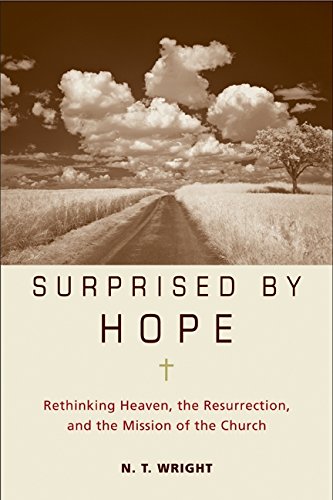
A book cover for Surprised by Hope: Rethinking Heaven, the Resurrection, and the Mission of the Church; N. T. Wright; Christian Books & Bibles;